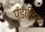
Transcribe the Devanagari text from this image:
पुंडालिक